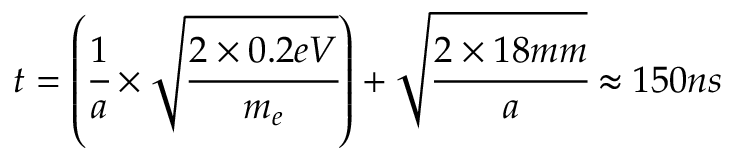
t = \left( \cfrac { 1 } { a } \times \sqrt { \cfrac { 2 \times 0 . 2 e V } { m _ { e } } } \right) + \sqrt { \cfrac { 2 \times 1 8 m m } { a } } \approx 1 5 0 n s